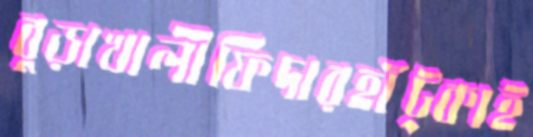
বুড়াখালীফিদারহাঁট্‌কাই